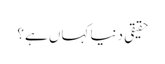
حقیقی دنیا کہاں ہے؟